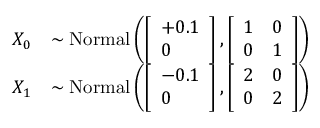
\begin{array} { r l } { X _ { 0 } } & { \sim \mathrm { N o r m a l } \left( \left[ \begin{array} { l } { + 0 . 1 } \\ { 0 } \end{array} \right] , \left[ \begin{array} { l l } { 1 } & { 0 } \\ { 0 } & { 1 } \end{array} \right] \right) } \\ { X _ { 1 } } & { \sim \mathrm { N o r m a l } \left( \left[ \begin{array} { l } { - 0 . 1 } \\ { 0 } \end{array} \right] , \left[ \begin{array} { l l } { 2 } & { 0 } \\ { 0 } & { 2 } \end{array} \right] \right) } \end{array}